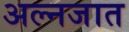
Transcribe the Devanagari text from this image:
अल्नजात